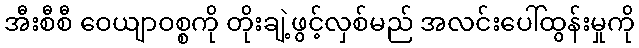
အီးစီစီ ဝေယျာဝစ္စကို တိုးချဲ့ဖွင့်လှစ်မည် အလင်းပေါ်ထွန်းမှုကို